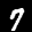
Label: 7